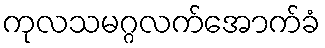
ကုလသမဂ္ဂလက်အောက်ခံ